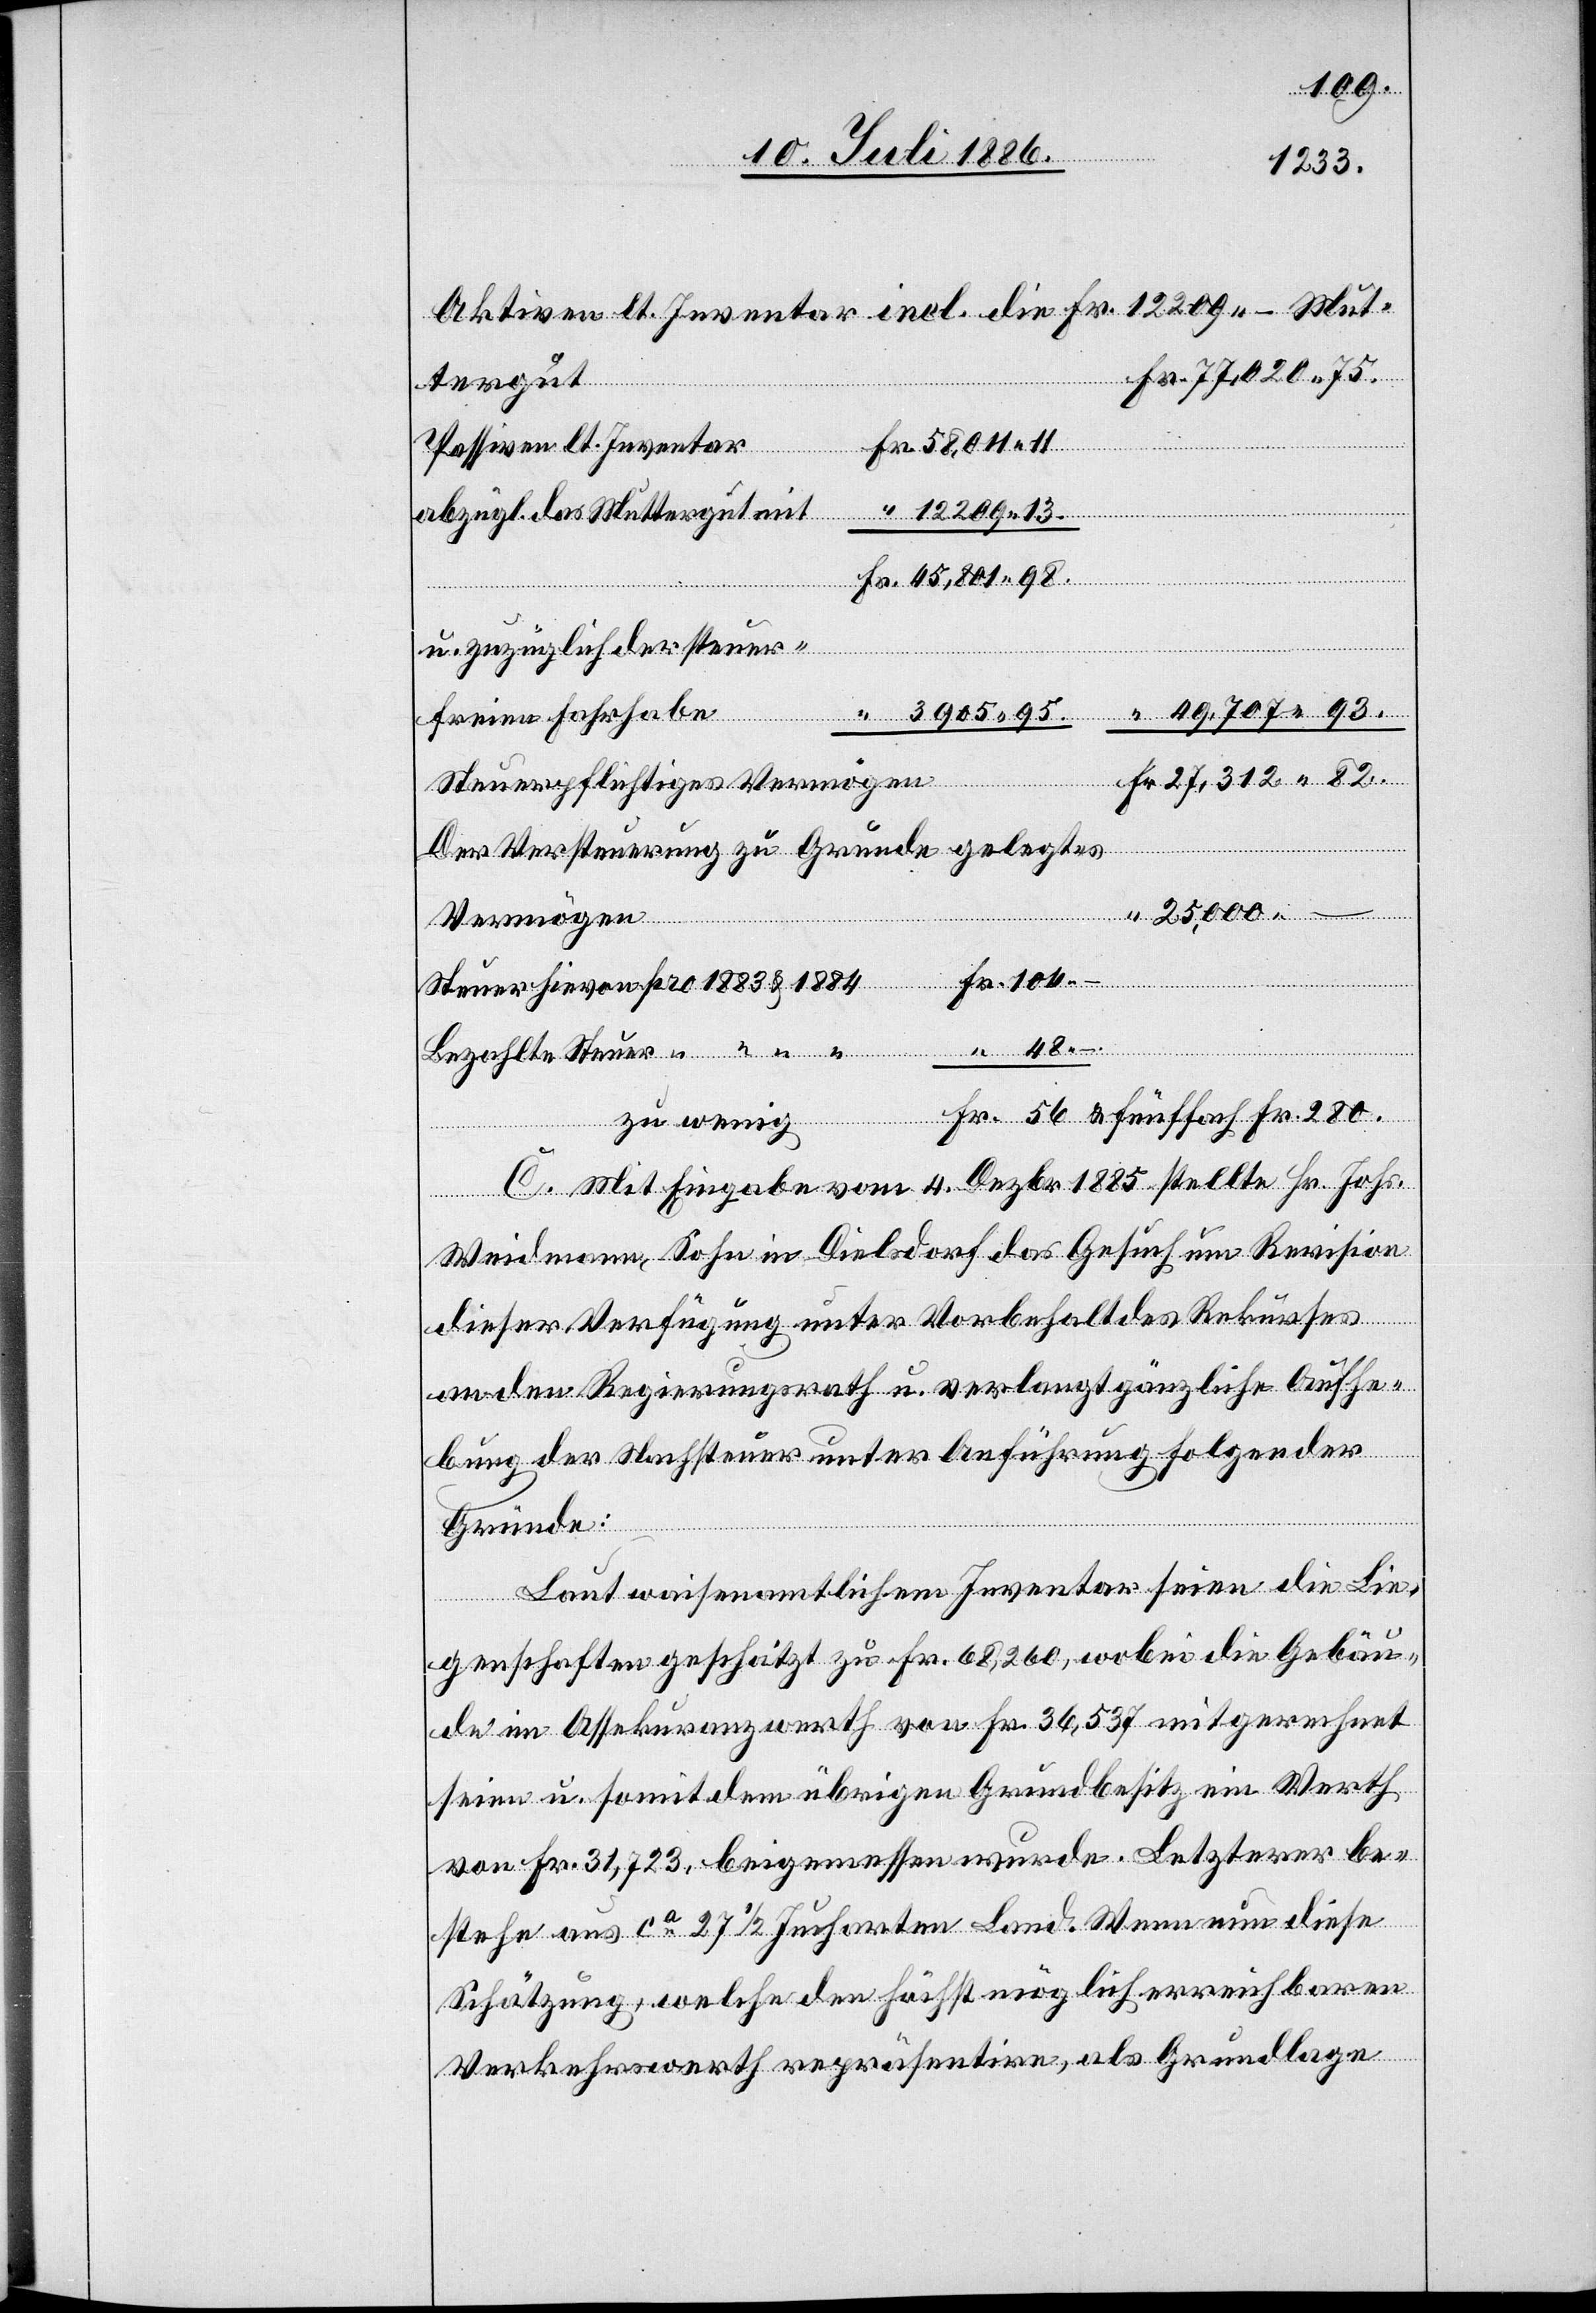
280.
Aktiven lt. Inventar incl. die Fr. 12 209 – Mut¬
tergut
–
Steuer
Passiven lt. Inventar
abzügl. das Muttergut mit
u. zuzüglich der steuer¬
freien Fahrhabe
Fr.
Steuerpflichtiges Vermögen
Der Versteuerung zu Grunde gelegtes
Vermögen
zu wenig
C. Mit Eingabe vom 4. Dezbr. 1885 stellte Hr. Johs.
Weidmann, Sohn in Dielsdorf das Gesuch um Revision
dieser Verfügung unter Vorbehalt des Rekurses
an den Regierungsrath u. verlangt gänzliche Aufhe¬
bung der Nachsteuer unter Anführung folgender
Gründe:
Laut waisenamtlichem Inventar seien die Lie¬
genschaften geschätzt zu Fr. 68,260, wobei die Gebäu¬
de im Assekuranzwerth von Fr. 36,537 mitgerechnet
seien u. somit dem übrigen Grundbesitz ein Werth
von Fr. 31,723, beigemessen wurde. Letzterer be¬
stehe aus ca 27 1/2 Jucharten Land. Wenn nun diese
Schätzung, welche den höchstmöglich erreichbaren
Verkehrswerth repräsentire, als Grundlage